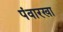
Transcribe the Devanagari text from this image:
पंवारखा